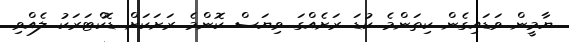
ޔާމީން ވަޑައިގެން ކިތަންމެ ކުޑަ ރަށެއްގަ ވިޔަސް ކޮންމެ ރަށަކަށް ޑޮކްޓަރަކު ލެއްވި.